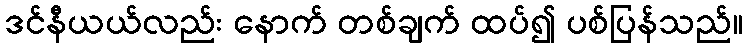
ဒင်နီယယ်လည်း နောက် တစ်ချက် ထပ်၍ ပစ်ပြန်သည်။